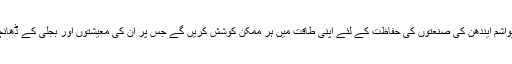
سعودیہ اور روسی اپنی جیواشم ایندھن کی صنعتوں کی حفاظت کے لئے اپنی طاقت میں ہر ممکن کوشش کریں گے جس پر ان کی معیشتوں اور بجلی کے ڈھانچے پر انحصار کرتے ہیں۔